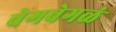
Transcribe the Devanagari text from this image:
वेगवेगळं